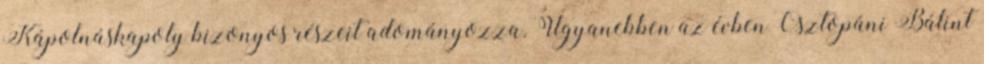
Kápolnáskapoly bizonyos részeit adományozza. Ugyanebben az évben Osztopáni Bálint